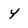
Character: Y